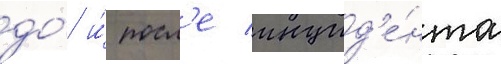
до́ и́ посл'е инцид'е́нта